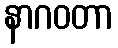
နာဂဝတာ